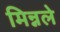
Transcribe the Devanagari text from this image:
मिन्नले